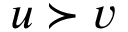
u \succ v